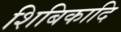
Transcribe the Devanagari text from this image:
शिबिकादि